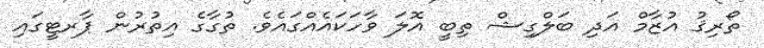
ތޯރިޤު އުޒާމް އަދި ބަލްގިޝް ތިބީ އޮލަ ވާހަކައެއްގައެވެ. ތުގާގެ އިތުރުން ޕާރޓީގައި